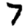
Digit: 7